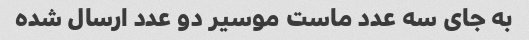
به جای سه عدد ماست موسیر دو عدد ارسال شده